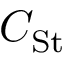
C _ { \mathrm { S t } }